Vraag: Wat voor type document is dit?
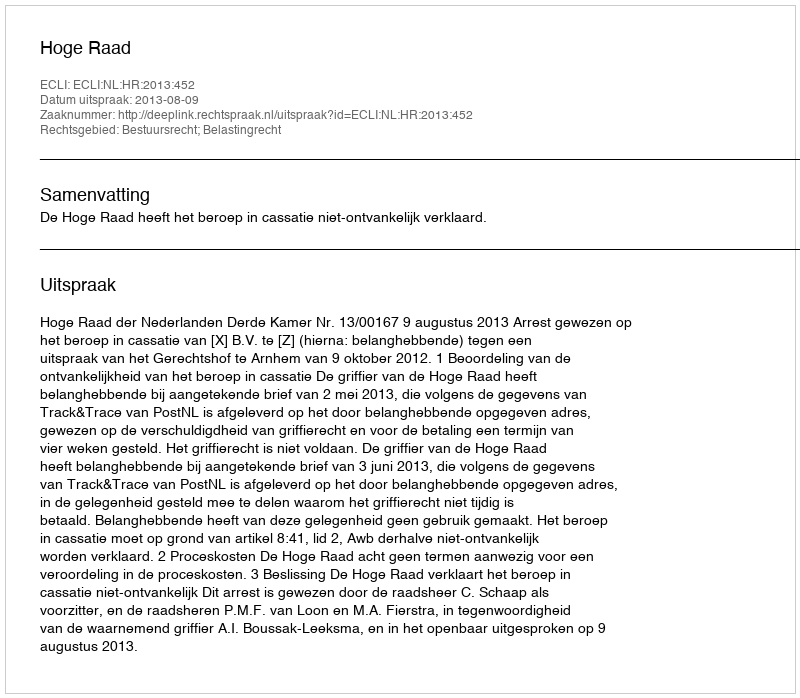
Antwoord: Uitspraak